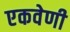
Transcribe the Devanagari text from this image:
एकवेणी